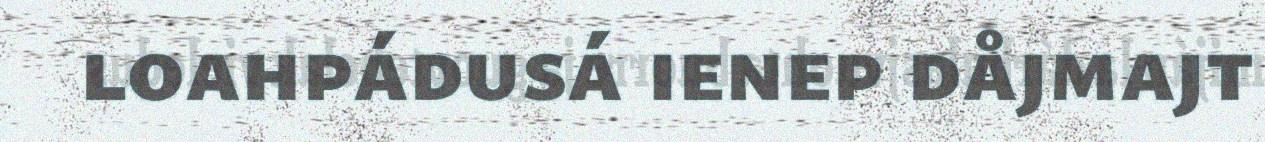
loahpádusá ienep dåjmajt